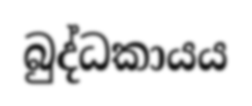
බුද්ධකායය